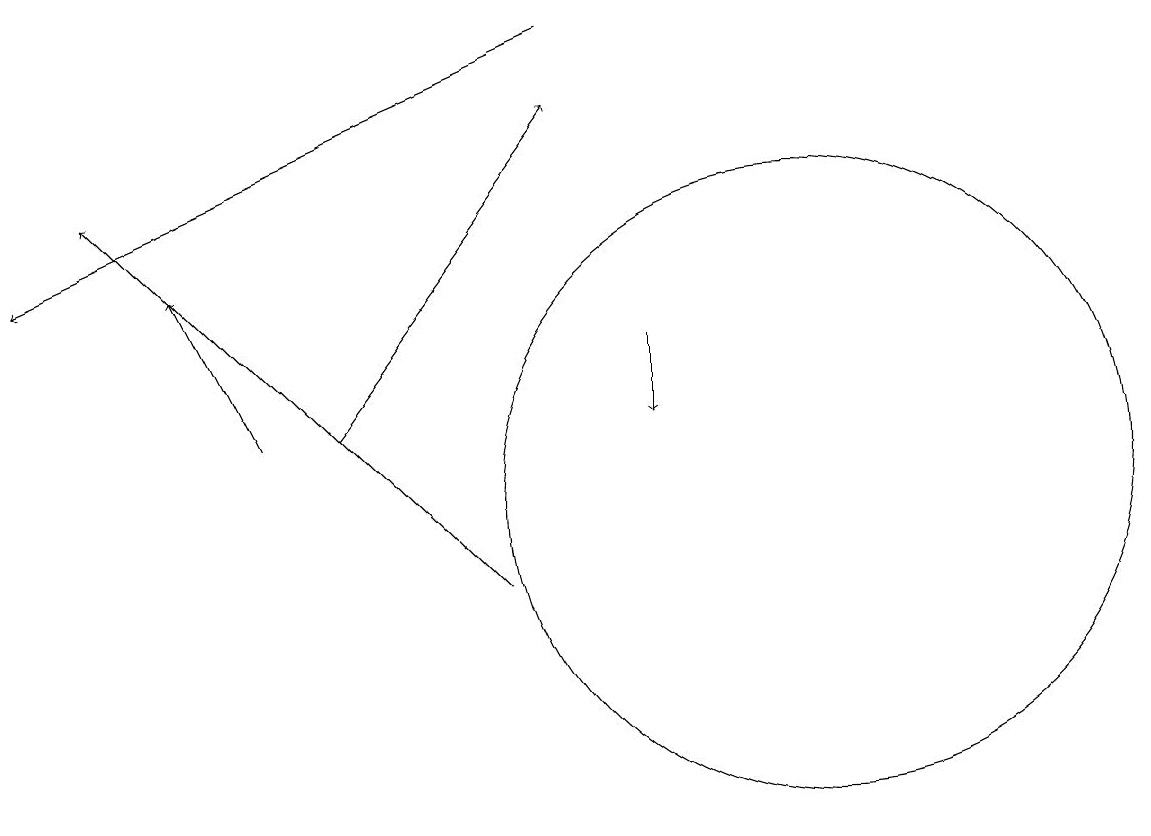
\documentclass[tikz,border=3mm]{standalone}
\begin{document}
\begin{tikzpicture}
\draw[->] (7,10) -- (2,15);
\draw[->] (5,12) -- (8,16);
\draw (10,10) circle (0);
\draw[->] (9,13) -- (9,12);
\draw[->] (4,12) -- (3,14);
\draw[->] (8,17) -- (1,14);
\draw (11,11) circle (4);
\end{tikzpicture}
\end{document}